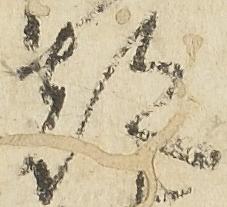
都